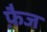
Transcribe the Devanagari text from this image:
फ़ैज